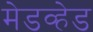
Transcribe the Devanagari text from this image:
मेडव्हेड